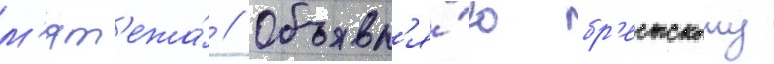
м'ят'ежа́ // Объявл'я́ю бр'естскому